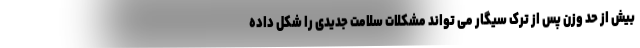
بیش از حد وزن پس از ترک سیگار می تواند مشکلات سلامت جدیدی را شکل داده